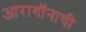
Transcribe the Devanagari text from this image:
आरागॉनाची